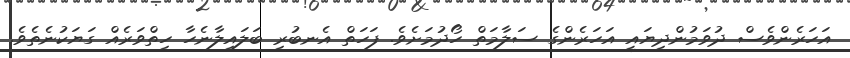
އަހަރެންވެސް ދުވަމުންދިޔައީ އަހަރެންގެ ސަލާމަތް ހޯދުމަށެވެ. ފަހަތް އެނބުރި ބަލައިލާނެހާ ހިތްވަރެއް ގަޔަކުނެތެވެ.